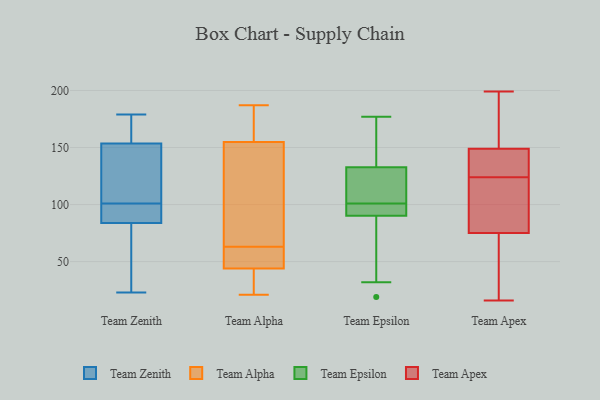
{"axis": {"x": "Bounce Rate (%)", "y": "Value"}, "legend": ["Team Alpha", "Team Apex", "Team Epsilon", "Team Zenith"], "data": [{"x": "", "y": 176, "type": "Team Zenith"}, {"x": "", "y": 92, "type": "Team Zenith"}, {"x": "", "y": 101, "type": "Team Zenith"}, {"x": "", "y": 110, "type": "Team Zenith"}, {"x": "", "y": 179, "type": "Team Zenith"}, {"x": "", "y": 165, "type": "Team Zenith"}, {"x": "", "y": 165, "type": "Team Zenith"}, {"x": "", "y": 95, "type": "Team Zenith"}, {"x": "", "y": 97, "type": "Team Zenith"}, {"x": "", "y": 23, "type": "Team Zenith"}, {"x": "", "y": 119, "type": "Team Zenith"}, {"x": "", "y": 174, "type": "Team Zenith"}, {"x": "", "y": 63, "type": "Team Zenith"}, {"x": "", "y": 82, "type": "Team Zenith"}, {"x": "", "y": 89, "type": "Team Zenith"}, {"x": "", "y": 27, "type": "Team Zenith"}, {"x": "", "y": 103, "type": "Team Zenith"}, {"x": "", "y": 75, "type": "Team Zenith"}, {"x": "", "y": 111, "type": "Team Zenith"}, {"x": "", "y": 168, "type": "Team Alpha"}, {"x": "", "y": 63, "type": "Team Alpha"}, {"x": "", "y": 69, "type": "Team Alpha"}, {"x": "", "y": 21, "type": "Team Alpha"}, {"x": "", "y": 31, "type": "Team Alpha"}, {"x": "", "y": 53, "type": "Team Alpha"}, {"x": "", "y": 41, "type": "Team Alpha"}, {"x": "", "y": 154, "type": "Team Alpha"}, {"x": "", "y": 63, "type": "Team Alpha"}, {"x": "", "y": 155, "type": "Team Alpha"}, {"x": "", "y": 187, "type": "Team Alpha"}, {"x": "", "y": 173, "type": "Team Epsilon"}, {"x": "", "y": 129, "type": "Team Epsilon"}, {"x": "", "y": 102, "type": "Team Epsilon"}, {"x": "", "y": 99, "type": "Team Epsilon"}, {"x": "", "y": 102, "type": "Team Epsilon"}, {"x": "", "y": 77, "type": "Team Epsilon"}, {"x": "", "y": 134, "type": "Team Epsilon"}, {"x": "", "y": 100, "type": "Team Epsilon"}, {"x": "", "y": 90, "type": "Team Epsilon"}, {"x": "", "y": 19, "type": "Team Epsilon"}, {"x": "", "y": 101, "type": "Team Epsilon"}, {"x": "", "y": 144, "type": "Team Epsilon"}, {"x": "", "y": 177, "type": "Team Epsilon"}, {"x": "", "y": 91, "type": "Team Epsilon"}, {"x": "", "y": 32, "type": "Team Epsilon"}, {"x": "", "y": 41, "type": "Team Apex"}, {"x": "", "y": 145, "type": "Team Apex"}, {"x": "", "y": 194, "type": "Team Apex"}, {"x": "", "y": 61, "type": "Team Apex"}, {"x": "", "y": 124, "type": "Team Apex"}, {"x": "", "y": 192, "type": "Team Apex"}, {"x": "", "y": 121, "type": "Team Apex"}, {"x": "", "y": 16, "type": "Team Apex"}, {"x": "", "y": 42, "type": "Team Apex"}, {"x": "", "y": 119, "type": "Team Apex"}, {"x": "", "y": 124, "type": "Team Apex"}, {"x": "", "y": 125, "type": "Team Apex"}, {"x": "", "y": 153, "type": "Team Apex"}, {"x": "", "y": 136, "type": "Team Apex"}, {"x": "", "y": 89, "type": "Team Apex"}, {"x": "", "y": 199, "type": "Team Apex"}]}